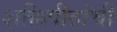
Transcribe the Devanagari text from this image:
शक्तिपीठांची